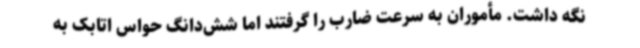
نگه داشت. مأموران به سرعت ضارب را گرفتند اما شش‌دانگ حواس اتابک به